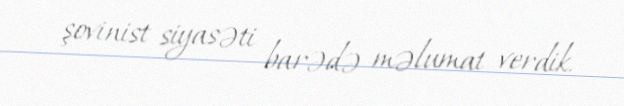
şovinist siyasəti barədə məlumat verdik.